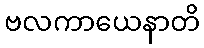
ဗလကာယေနာတိ